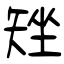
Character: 矬